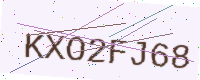
Text: KXO2FJ68